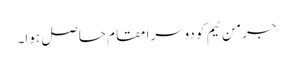
جرمن ٹیم کو دوسرا مقام حاصل ہوا۔